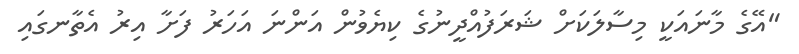
"އޭގެ މާނައަކީ މިސާލަކަށް ޝަރަފުއްދީނުގެ ކިޔެވުން އަންނަ އަހަރު ފަށާ އިރު އެތާނގައި